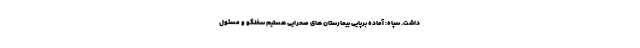
داشت. سپاه: آماده برپایی بیمارستان ‌های صحرایی هستیم سخنگو و مسئول